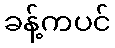
ခန့်ကပင်